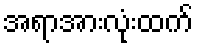
အရာအားလုံးထက်